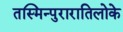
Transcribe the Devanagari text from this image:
तस्मिन्पुरारातिलोके